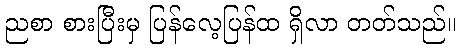
ညစာ စားပြီးမှ ပြန်လေ့ပြန်ထ ရှိလာ တတ်သည်။